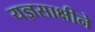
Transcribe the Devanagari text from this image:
यज्ञसाक्षीने